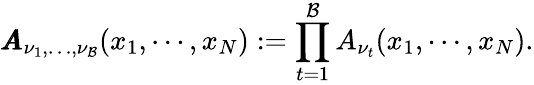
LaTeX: \pmb{A}_{\nu_{1},\dots,\nu_{\mathcal{B}}}(x_{1},\cdots,x_{N}):=\prod_{t=1}^{\mathcal{B}}A_{\nu_{t}}(x_{1},\cdots,x_{N}).